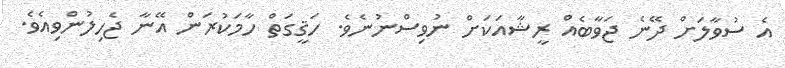
އެ ސުވާލަށް ދޭނެ ޖަވާބެއް ރީޝާއަކަށް ނުވިސްނުނެވެ. ހަޤީގަތް ހާމަކުރަަން އޭނާ ޖެހިލުންވިއެވެ.